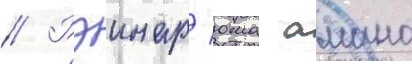
// Рэинар/ юма амано